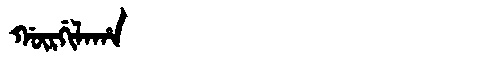
Manchu: ᡤᡡᡵᡤᡳᠯᠠᡥᠠ
Romanization: GŪRGILAHA